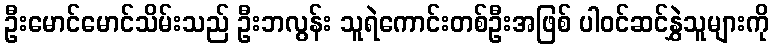
ဦးမောင်မောင်သိမ်းသည် ဦးဘလွန်း သူရဲကောင်းတစ်ဦးအဖြစ် ပါဝင်ဆင်နွှဲသူများကို